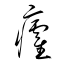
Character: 癨